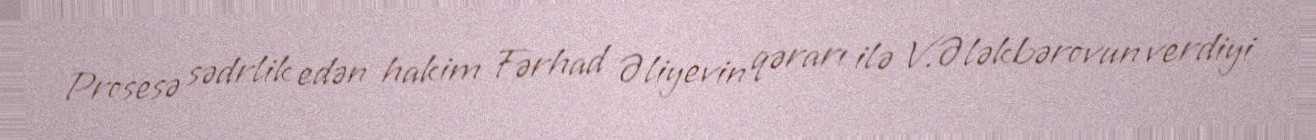
Prosesə sədrlik edən hakim Fərhad Əliyevin qərarı ilə V.Ələkbərovun verdiyi